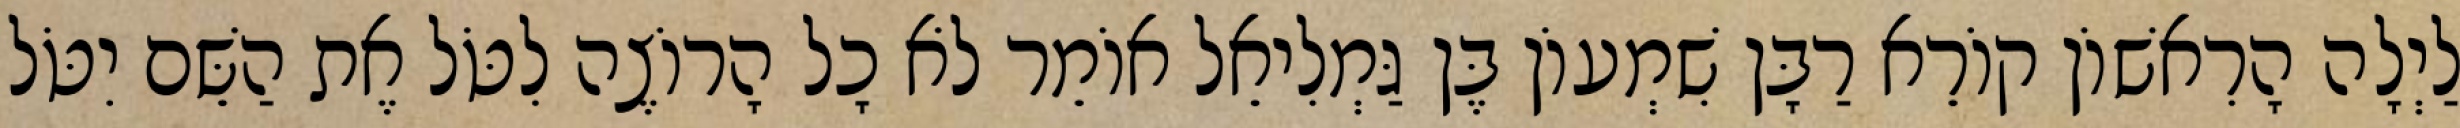
לַיְלָה הָרִאשׁוֹן קוֹרֵא רַבָּן שִׁמְעוֹן בֶּן גַּמְלִיאֵל אוֹמֵר לֹא כָל הָרוֹצֶה לִטֹּל אֶת הַשֵּׁם יִטֹּל